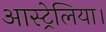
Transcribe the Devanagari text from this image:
आस्ट्रेलिया।